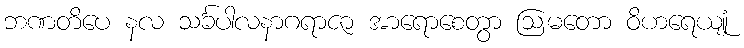
ဘဏတိပေ နလ သင်္ခပါလနာဂရာဇာ အာရောစေတွာ ဩမတော ဝိဟရေယျုံ